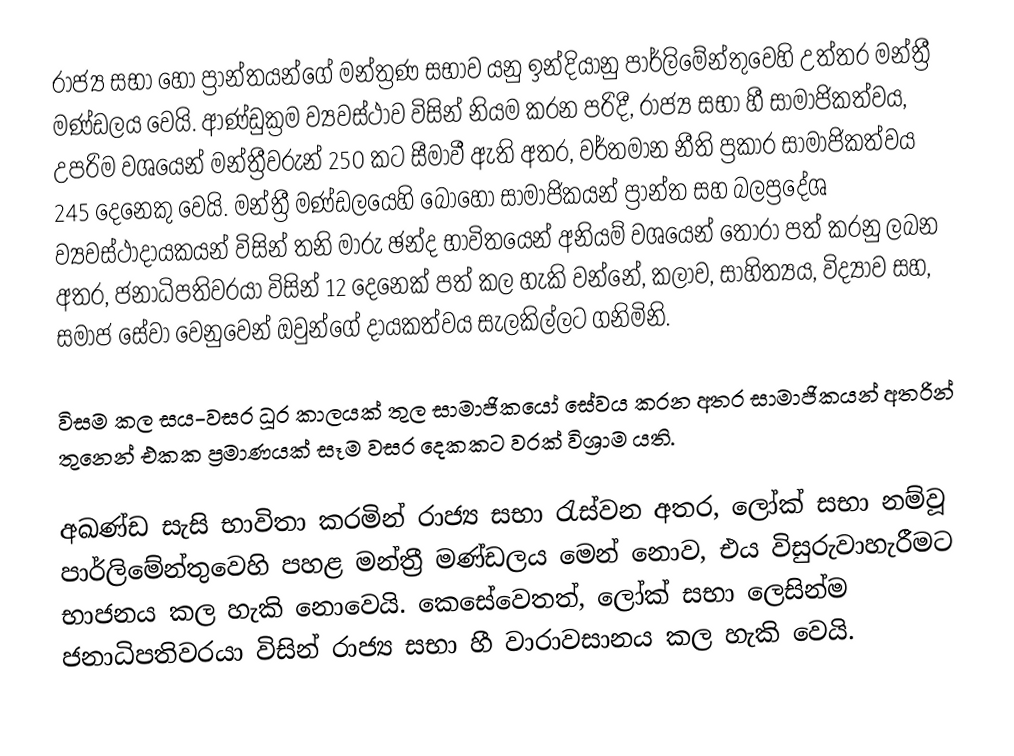
රාජ්‍ය සභා   හෝ  ප්‍රාන්තයන්ගේ මන්ත්‍රණ සභාව යනු  ඉන්දියානු පාර්ලිමේන්තුවෙහි උත්තර මන්ත්‍රී මණ්ඩලය වෙයි. ආණ්ඩුක්‍රම ව්‍යවස්ථාව විසින් නියම කරන පරිදී, රාජ්‍ය සභා හී  සාමාජිකත්වය, උපරිම වශයෙන් මන්ත්‍රීවරුන් 250 කට සීමාවී ඇති අතර, වර්තමාන නීති ප්‍රකාර සාමාජිකත්වය 245 දෙනෙකු වෙයි. මන්ත්‍රී මණ්ඩලයෙහි බොහෝ සාමාජිකයන් ප්‍රාන්ත සහ බලප්‍රදේශ ව්‍යවස්ථාදායකයන් විසින්  තනි මාරු ඡන්ද භාවිතයෙන් අනියම් වශයෙන් තෝරා පත් කරනු ලබන අතර, ජනාධිපතිවරයා විසින් 12 දෙනෙක් පත් කල හැකි වන්නේ, කලාව, සාහිත්‍යය, විද්‍යාව සහ, සමාජ සේවා වෙනුවෙන් ඔවුන්ගේ දායකත්වය සැලකිල්ලට ගනිමිනි.

විසම කල සය-වසර ධූර කාලයක් තුල සාමාජිකයෝ සේවය කරන අතර සාමාජිකයන් අතරින් තුනෙන් එකක ප්‍රමාණයක් සෑම වසර දෙකකට වරක් විශ්‍රාම යති.

අඛණ්ඩ සැසි භාවිතා කරමින් රාජ්‍ය සභා රැස්වන අතර, ලෝක් සභා නම්වූ පාර්ලිමේන්තුවෙහි පහළ මන්ත්‍රී මණ්ඩලය මෙන් නොව, එය විසුරුවාහැරීමට භාජනය කල හැකි නොවෙයි. කෙසේවෙතත්, ලෝක් සභා ලෙසින්ම ජනාධිපතිවරයා විසින්  රාජ්‍ය සභා හී වාරාවසානය කල හැකි වෙයි.